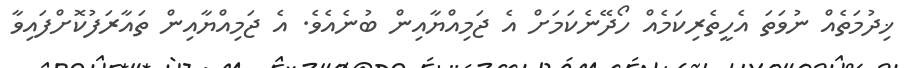
ޚިދުމަތެއް ނުވަތަ އެހީތެރިކަމެއް ހޯދޭނެކަމަށް އެ ޖަމިއްޔާއިން ބުނެއެވެ. އެ ޖަމިއްޔާއިން ތައާރަފުކޮށްފައިވާ